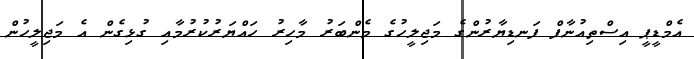
އެމްޑީޕީ އިސްތިއުނާފް ފަނޑިޔާރުންގެ މަޖިލީހުގެ މެންބަރު މާހިރު ހައްޔަރުކުރުމާއި ގުޅިގެން އެ މަޖިލީހުން